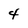
Character: 4